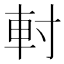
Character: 𨊭